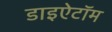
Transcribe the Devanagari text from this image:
डाइऐटॉम